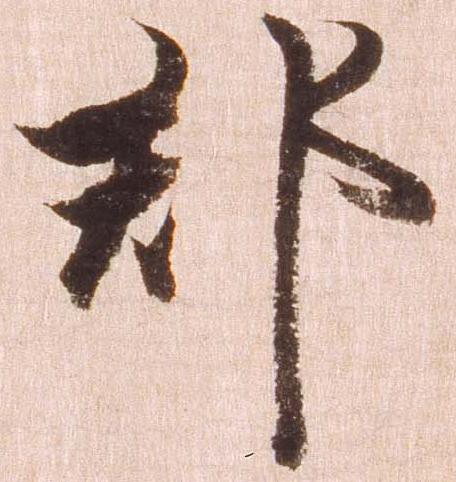
郡